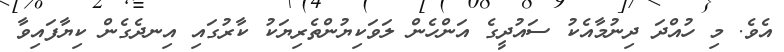
އެވެ. މި ހުއްދަ ދިނުމާއެކު ސައުދީގެ އަންހެން ލަވަކިޔުންތެރިޔަކު ކާރުގައި އިނދެގެން ކިޔާފައިވާ